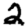
Digit: 2